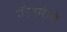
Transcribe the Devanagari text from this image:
गौतमीचे